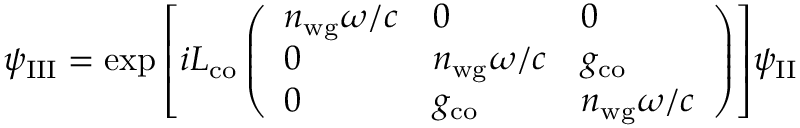
\psi _ { \mathrm { I I I } } = \exp { \left[ i L _ { \mathrm { c o } } \left( \begin{array} { l l l } { n _ { \mathrm { w g } } \omega / c } & { 0 } & { 0 } \\ { 0 } & { n _ { \mathrm { w g } } \omega / c } & { g _ { \mathrm { c o } } } \\ { 0 } & { g _ { \mathrm { c o } } } & { n _ { \mathrm { w g } } \omega / c } \end{array} \right) \right] } \psi _ { \mathrm { I I } }